Report on malaria in the Punjab during the year ...  together with an account of the work of the Punjab Malaria Bureau - Volume 5
Disease focus: Malaria
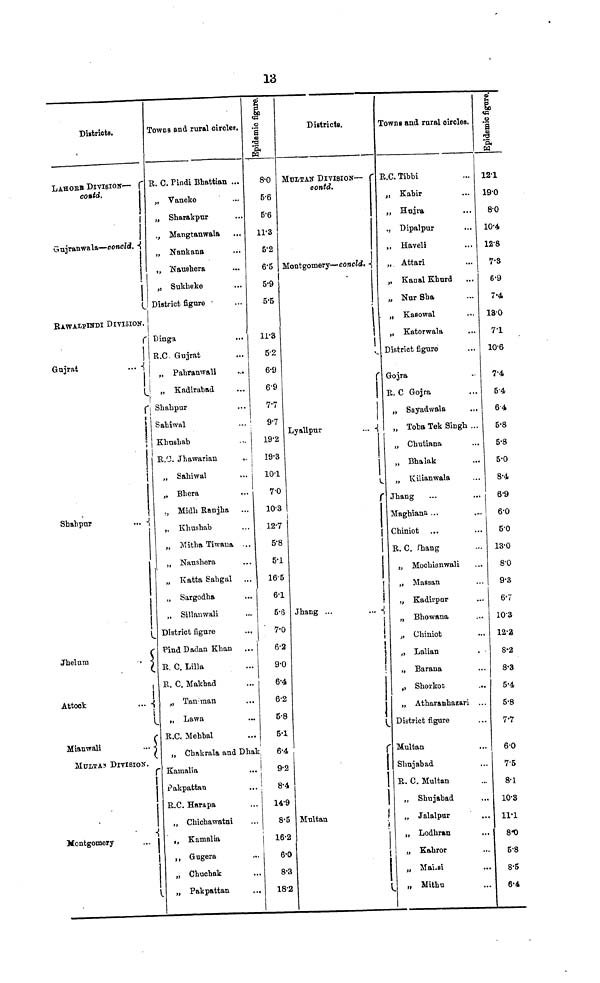
13
Districts.
LAHORE DIVISION—
contd.
1
Gujranwala—concld.
RAWALPINDI DIVISION.
r
Gujrat
••• i
r
1
i
Shahpur
...
Jhelum
••
Attook
... |
Miamvali
...
MULITAN DIVISION.
r
Montgomery
TOWNS and rural circles.
R. C. Pindi Bhattian ...
Vaneke
Sharakpur
Mangtanwala
Nankana
Naushera
Sukheke
District figure •
Dinga
R.C. Gujrat
Pahranwali
Kadirabad
Shahpur
Sahiwal
Khushab
R.C. Jhawarian
Sahiwal
Bhera
Midh Ranjha
Khushab
Mitha Tiwana ...
Nanshera
Katta Sahgal
Sargodha
Sillanwali
District figure
Pind Dadan Khan
R. C. Lilla
R. C. Makhad
Tanman
Lawa
R.C. Mehbal
Chakrala and Dhak
Kamali a
Pakpattan
R.C. Harapa
Chichawatni
Kamalia
Gugera
Chuchak
Pakpattan
...
|
if
Epidemic
figure.
8.0
5.6
5.6
11.3
5.2
6.5
5.9
5.5
11.8
5.2
6.9
6.9
7.7
9.7
19.2
19.3
10.1
7.0
10.3
12.7
5.8
5.1
165
6.1
5.6
7.0
6.2
9.0
6.4
6.2
5.8
5.1
6.4
9.2
1 8.4
149
8.5
16.2
6.0
8.3
18.21
Districts.
MUITAN DIVISION—
contd.
Montgomery—concld.
r
Lyallpur
...
|
{
1
|
\
Jhang ...
...
1
!
{
r
Multan
!
|
1
Towns and rural circles.
R.C. Tibbi
Kabir
Hujra
Dipalpur
Haveli
Attari
Kanal Khurd
Nur Sha
Kasowal
Katorwala
District figure
Gojra
R. C Gojra
Sayadwala
Toba Tek Singh ...
Chutiana
Bhalak
Kilianwala
Jhang
Maghiana ...
Chiniot
R. C. shing
Mochianwali
Massan
Kadirpar
Bhowana
Chiniot
Lalian
Barana
Shorkot
Atharanhazari ...
District figure
Multan
Shujabad
R. C. Multan
Shujabad
Jalalpur
Lodhran
Kahror
Mansi
Mithu
Epidemic
figure.
12.1
19.0
8.0
10.4
12.8
7-S
6.9
7.4
13.0
71
10.6
7.4
54
64
5.8
5.8
5.0
8.4
6.9
6.0
5.0
13.0
8.0
9.3
6.7
10.3
12.3
8.2
8.3
5.4
5.8
7.7
6.0
75
8.1
10.8
11.1
8.0
5.8
8.5
6.4